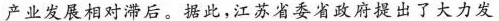
产业发展相对滞后。据此，江苏省委省政府提出了大力发